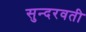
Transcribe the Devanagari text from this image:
सुन्दरवती